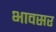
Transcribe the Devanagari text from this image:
भावसर